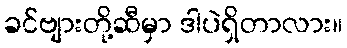
ခင်ဗျားတို့ဆီမှာ ဒါပဲရှိတာလား။